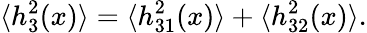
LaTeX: \langle h_{3}^{2}(x)\rangle=\langle h_{31}^{2}(x)\rangle+\langle h_{32}^{2}(x)\rangle.